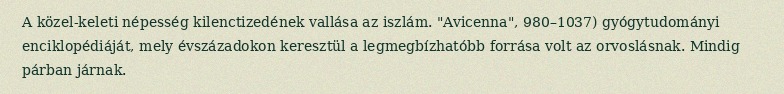
A közel-keleti népesség kilenctizedének vallása az iszlám. "Avicenna", 980–1037) gyógytudományi enciklopédiáját, mely évszázadokon keresztül a legmegbízhatóbb forrása volt az orvoslásnak. Mindig párban járnak.